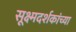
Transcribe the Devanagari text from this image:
सूक्ष्मदर्शकांच्या